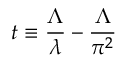
t \equiv \frac { \Lambda } { \lambda } - \frac { \Lambda } { \pi ^ { 2 } }